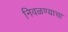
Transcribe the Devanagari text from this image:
निवळण्याचा